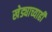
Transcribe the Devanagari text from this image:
खेड्याच्याही